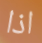
اذا